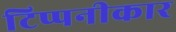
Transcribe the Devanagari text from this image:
टिप्पनीकार